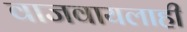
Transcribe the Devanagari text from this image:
वाजवायलाही